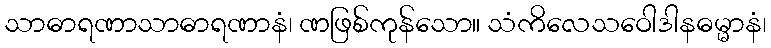
သာဓာရဏာသာဓာရဏာနံ၊ ဏဖြစ်ကုန်သော။ သံကိလေသဝေါဒါနဓမ္မာနံ၊